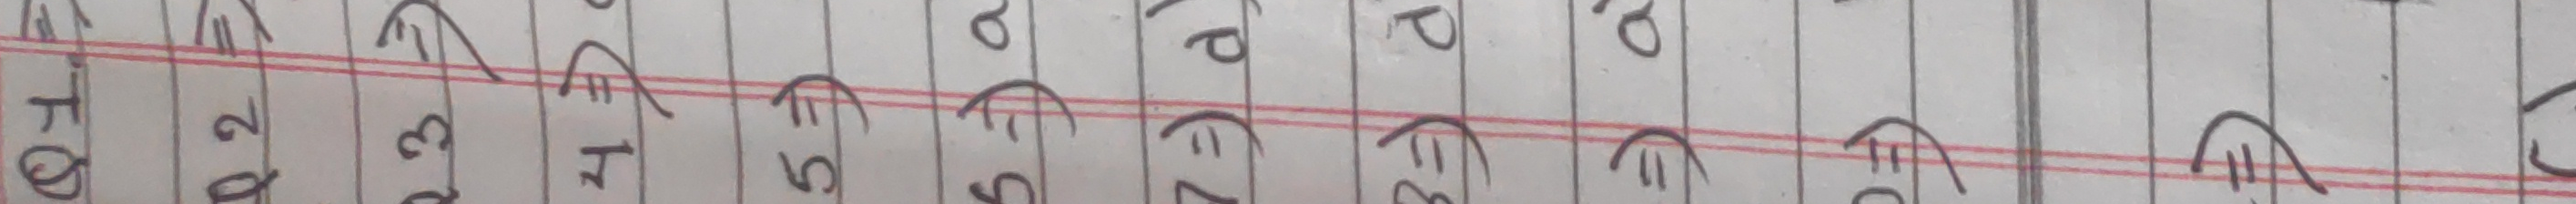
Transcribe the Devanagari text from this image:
Q१०१३४४६७८९